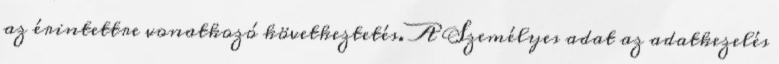
az érintettre vonatkozó következtetés. A Személyes adat az adatkezelés